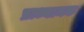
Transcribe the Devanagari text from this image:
प्राध्यामक